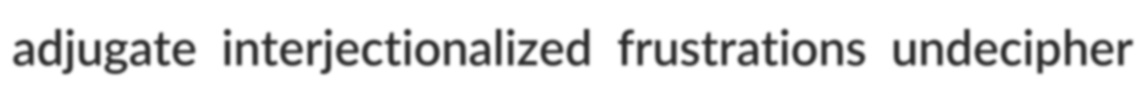
adjugate interjectionalized frustrations undecipher